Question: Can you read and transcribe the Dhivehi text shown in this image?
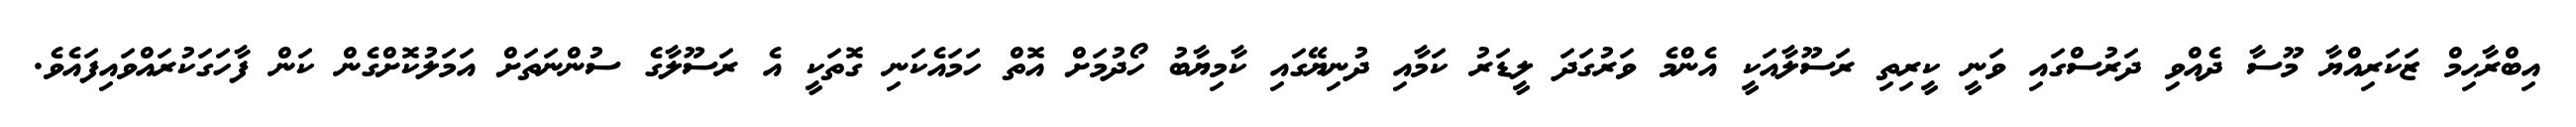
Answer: އިބްރާޙިމް ޒަކަރިއްޔާ މޫސާ ދެއްވި ދަރުސްގައި ވަނީ ކީރިތި ރަސޫލާއަކީ އެންމެ ވަރުގަދަ ލީޑަރު ކަމާއި ދުނިޔޭގައި ކާމިޔާބު ހޯދުމަށް އޮތް ހަމައެކަނި ގޮތަކީ އެ ރަސޫލާގެ ސުންނަތަށް އަމަލުކޮށްގެން ކަން ފާހަގަކުރައްވައިފައެވެ.